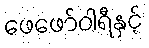
ဖေဖော်ဝါရီနှင့်